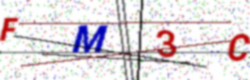
Text: FM3C